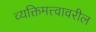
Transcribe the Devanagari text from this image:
व्यक्तिमत्त्वावरील